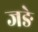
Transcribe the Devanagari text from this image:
जङे